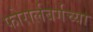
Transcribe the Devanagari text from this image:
फोरार्लबर्गच्या